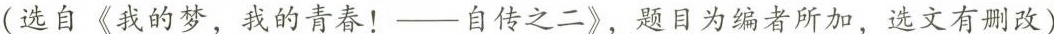
”(选自《我的梦，我的青春！——自传之二》，题目为编者所加，选文有删改)